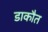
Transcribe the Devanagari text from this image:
डाकौत